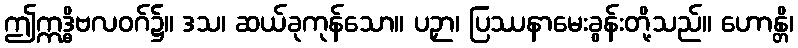
ဤဣဒ္ဓိဗလဝဂ်၌။ ဒသ၊ ဆယ်ခုကုန်သော။ ပဉှာ၊ ပြဿနာမေးခွန်းတို့သည်။ ဟောန္တိ၊